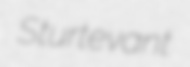
Sturtevant